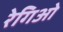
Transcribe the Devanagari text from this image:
रेगिओ